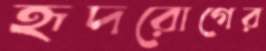
হৃদরোগের